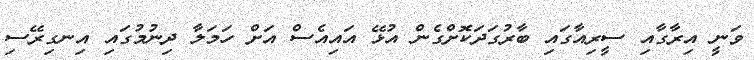
ވަނީ އިރާގާއި ސީރިއާގައި ބާރުގަދަކޮށްގެން އުޅޭ އައިއެސް އަށް ހަމަލާ ދިނުމުގައި އިނގިރޭސި